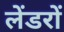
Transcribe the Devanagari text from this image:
लेंडरों